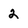
Character: 2